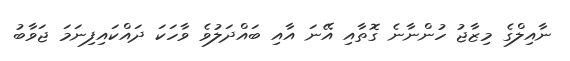
ނާއިލްގެ މިޒާޖު ހުންނާނެ ގޮތާއި އޭނަ އާއި ބައްދަލުވެ ވާހަކަ ދައްކައިފިނަމަ ޖަވާބު